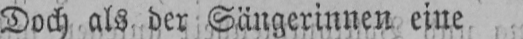
Doch als der Sängerinnen eine